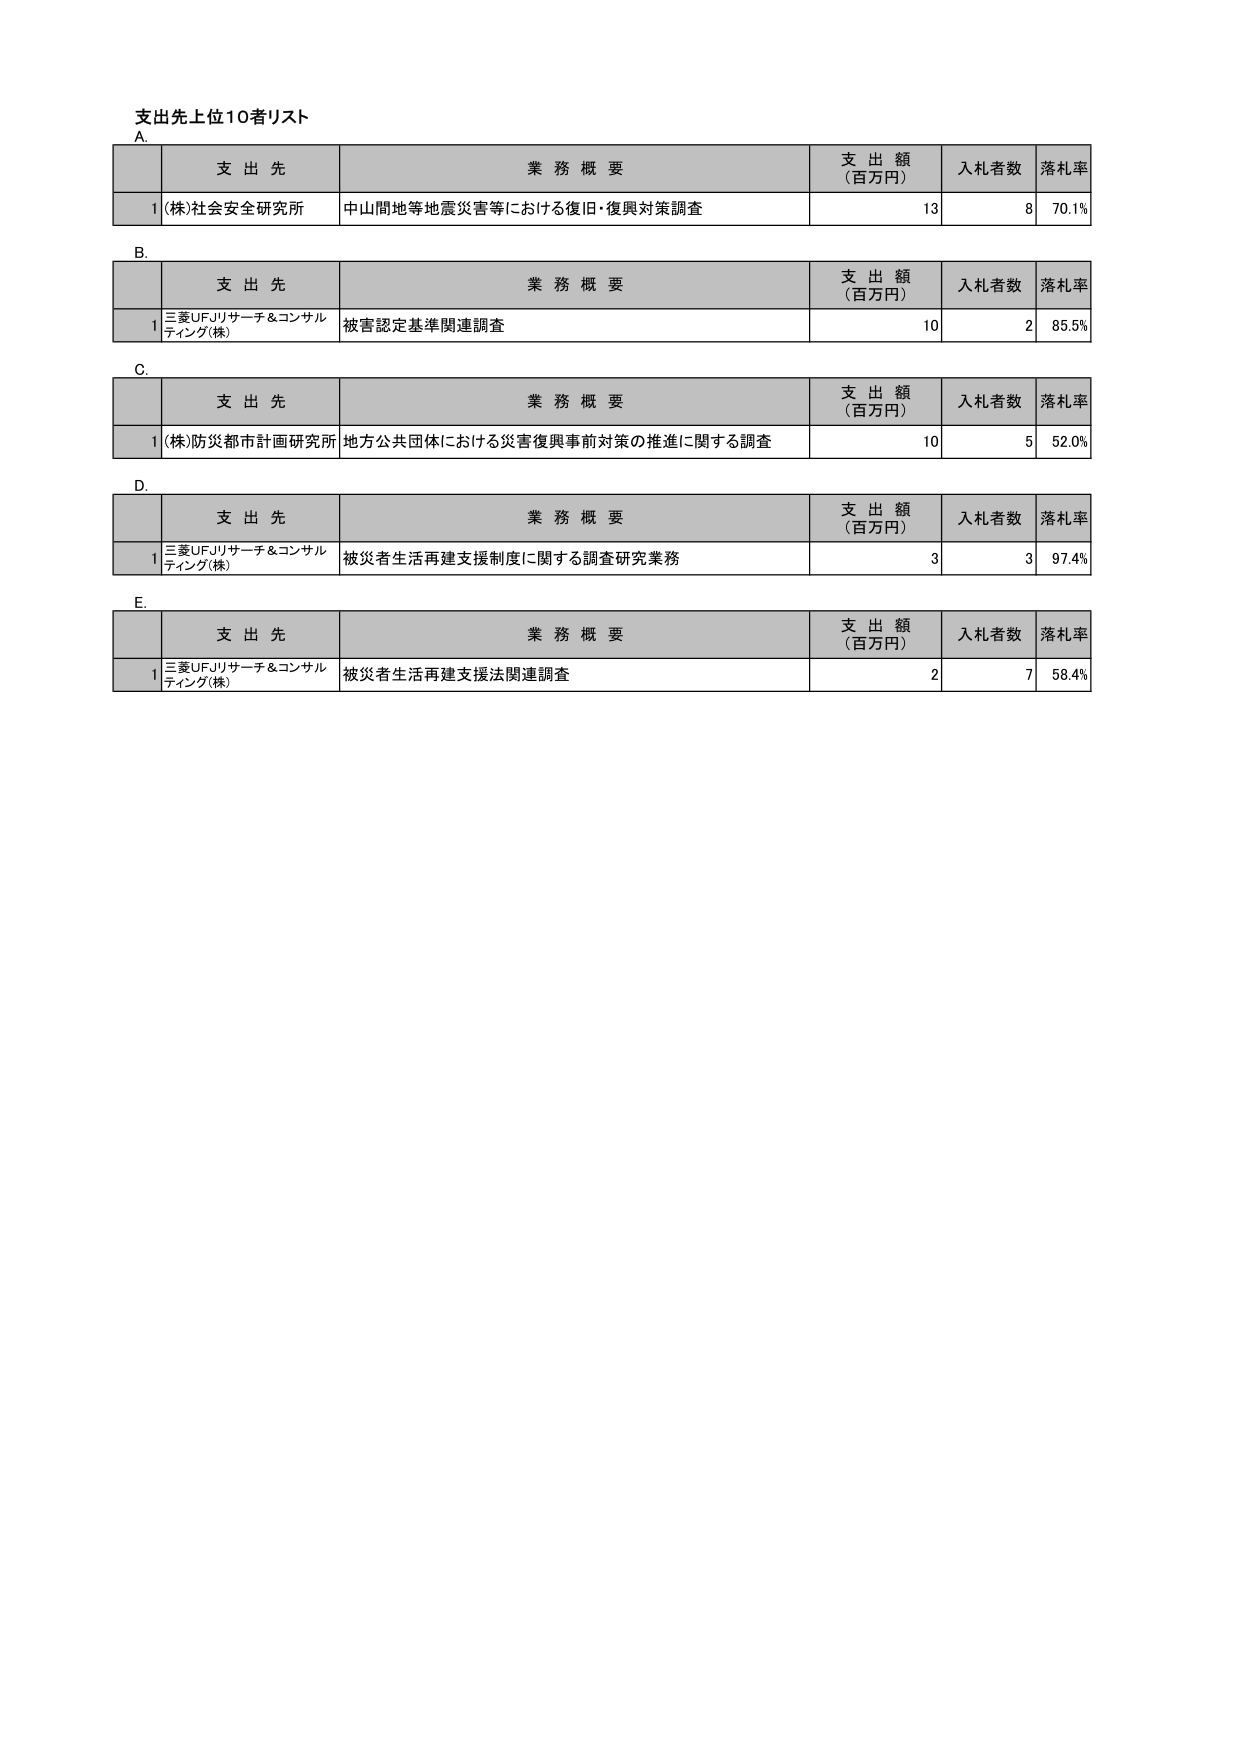
支出先上位10者リスト
A.
支 出 先 業 務 概 要 支 出 額 （百万円） 入札者数 落札率
1 (株)社会安全研究所 中山間地等地震災害等における復旧・復興対策調査 13 8 70.1%
B.
支 出 先 業 務 概 要 支 出 額 （百万円） 入札者数 落札率
1 三菱UFJリサーチ＆コンサルティング(株) 被害認定基準関連調査 10 2 85.5%
C.
支 出 先 業 務 概 要 支 出 額 （百万円） 入札者数 落札率
1 (株)防災都市計画研究所 地方公共団体における災害復興事前対策の推進に関する調査 10 5 52.0%
D.
支 出 先 業 務 概 要 支 出 額 （百万円） 入札者数 落札率
1 三菱UFJリサーチ＆コンサルティング(株) 被災者生活再建支援制度に関する調査研究業務 3 3 97.4%
E.
支 出 先 業 務 概 要 支 出 額 （百万円） 入札者数 落札率
1 三菱UFJリサーチ＆コンサルティング(株) 被災者生活再建支援法関連調査 2 7 58.4%